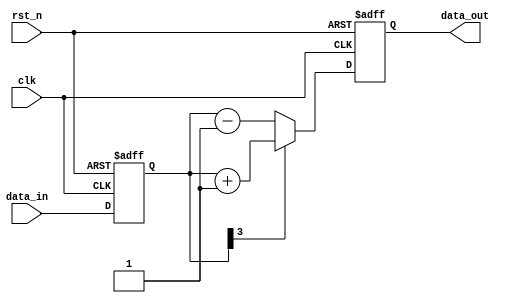
module sequential_logic (
    input wire clk,          // Clock input
    input wire rst_n,       // Active low reset
    input wire [3:0] data_in, // 4-bit input data
    output reg [3:0] data_out // 4-bit output data
);

// Internal signal declaration
reg [3:0] internal_reg;

// Sequential logic block
always @(posedge clk or negedge rst_n) begin
    if (!rst_n) begin
        // Initialize output and internal register on reset
        data_out <= 4'b0000;
        internal_reg <= 4'b0000;
    end else begin
        // Update internal register based on input data
        internal_reg <= data_in;

        // Conditional logic to determine output
        if (internal_reg[3] == 1'b1) begin
            data_out <= internal_reg + 4'b0001; // Increment if MSB is 1
        end else begin
            data_out <= internal_reg - 4'b0001; // Decrement if MSB is 0
        end
    end
end

endmodule